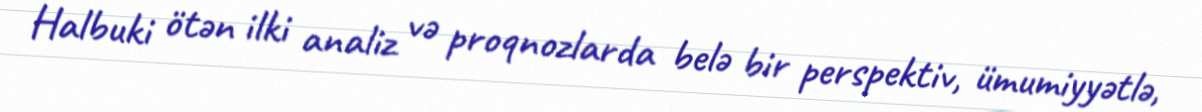
Halbuki ötən ilki analiz və proqnozlarda belə bir perspektiv, ümumiyyətlə,